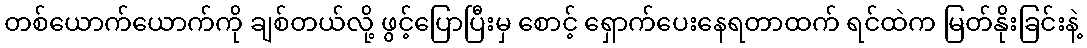
တစ်ယောက်ယောက်ကို ချစ်တယ်လို့ ဖွင့်ပြောပြီးမှ စောင့် ရှောက်ပေးနေရတာထက် ရင်ထဲက မြတ်နိုးခြင်းနဲ့